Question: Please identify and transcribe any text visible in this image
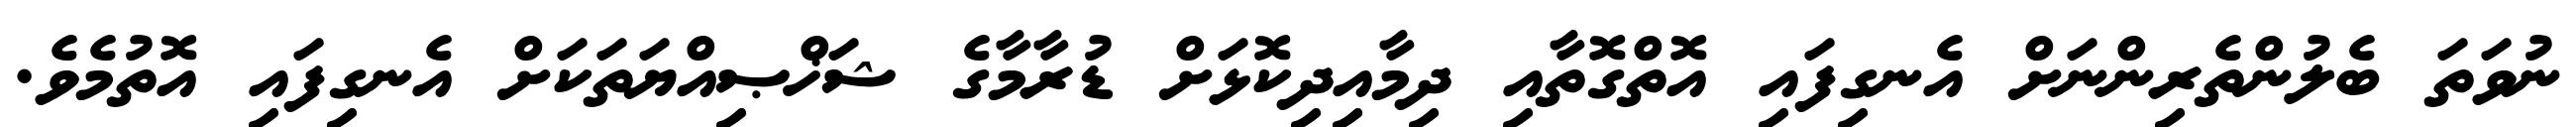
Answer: ނުވަތަ ބެލުންތެރިންނަށް އެނގިފައި އޮތްގޮތާއި ދިމާއިދިކޮޅަށް ޑުރާމާގެ ޝަޚްޞިއްޔަތަކަށް އެނގިފައި އޮތުމެވެ.